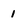
Character: 1